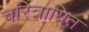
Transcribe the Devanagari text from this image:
चरित्रायित